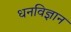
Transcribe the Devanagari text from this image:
धनविज्ञान